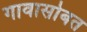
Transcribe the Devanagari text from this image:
गावासोबत